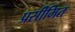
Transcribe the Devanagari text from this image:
प्रसीमित